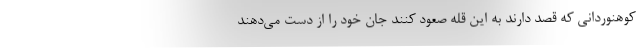
کوهنوردانی که قصد دارند به این قله صعود کنند جان خود را از دست می‌دهند